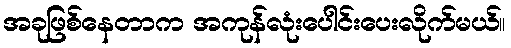
အခုဖြစ်နေတာက အကုန်လုံးပေါင်းပေးလိုက်မယ်။